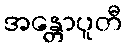
အန္တောပူတီ